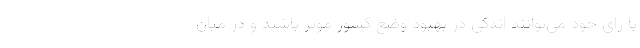
با رای خود می‌توانند اندکی در بهبود وضع کشور موثر باشند و در میان